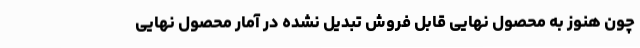
چون هنوز به محصول نهایی قابل فروش تبدیل نشده در آمار محصول نهایی